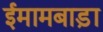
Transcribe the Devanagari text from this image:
ईमामबाड़ा